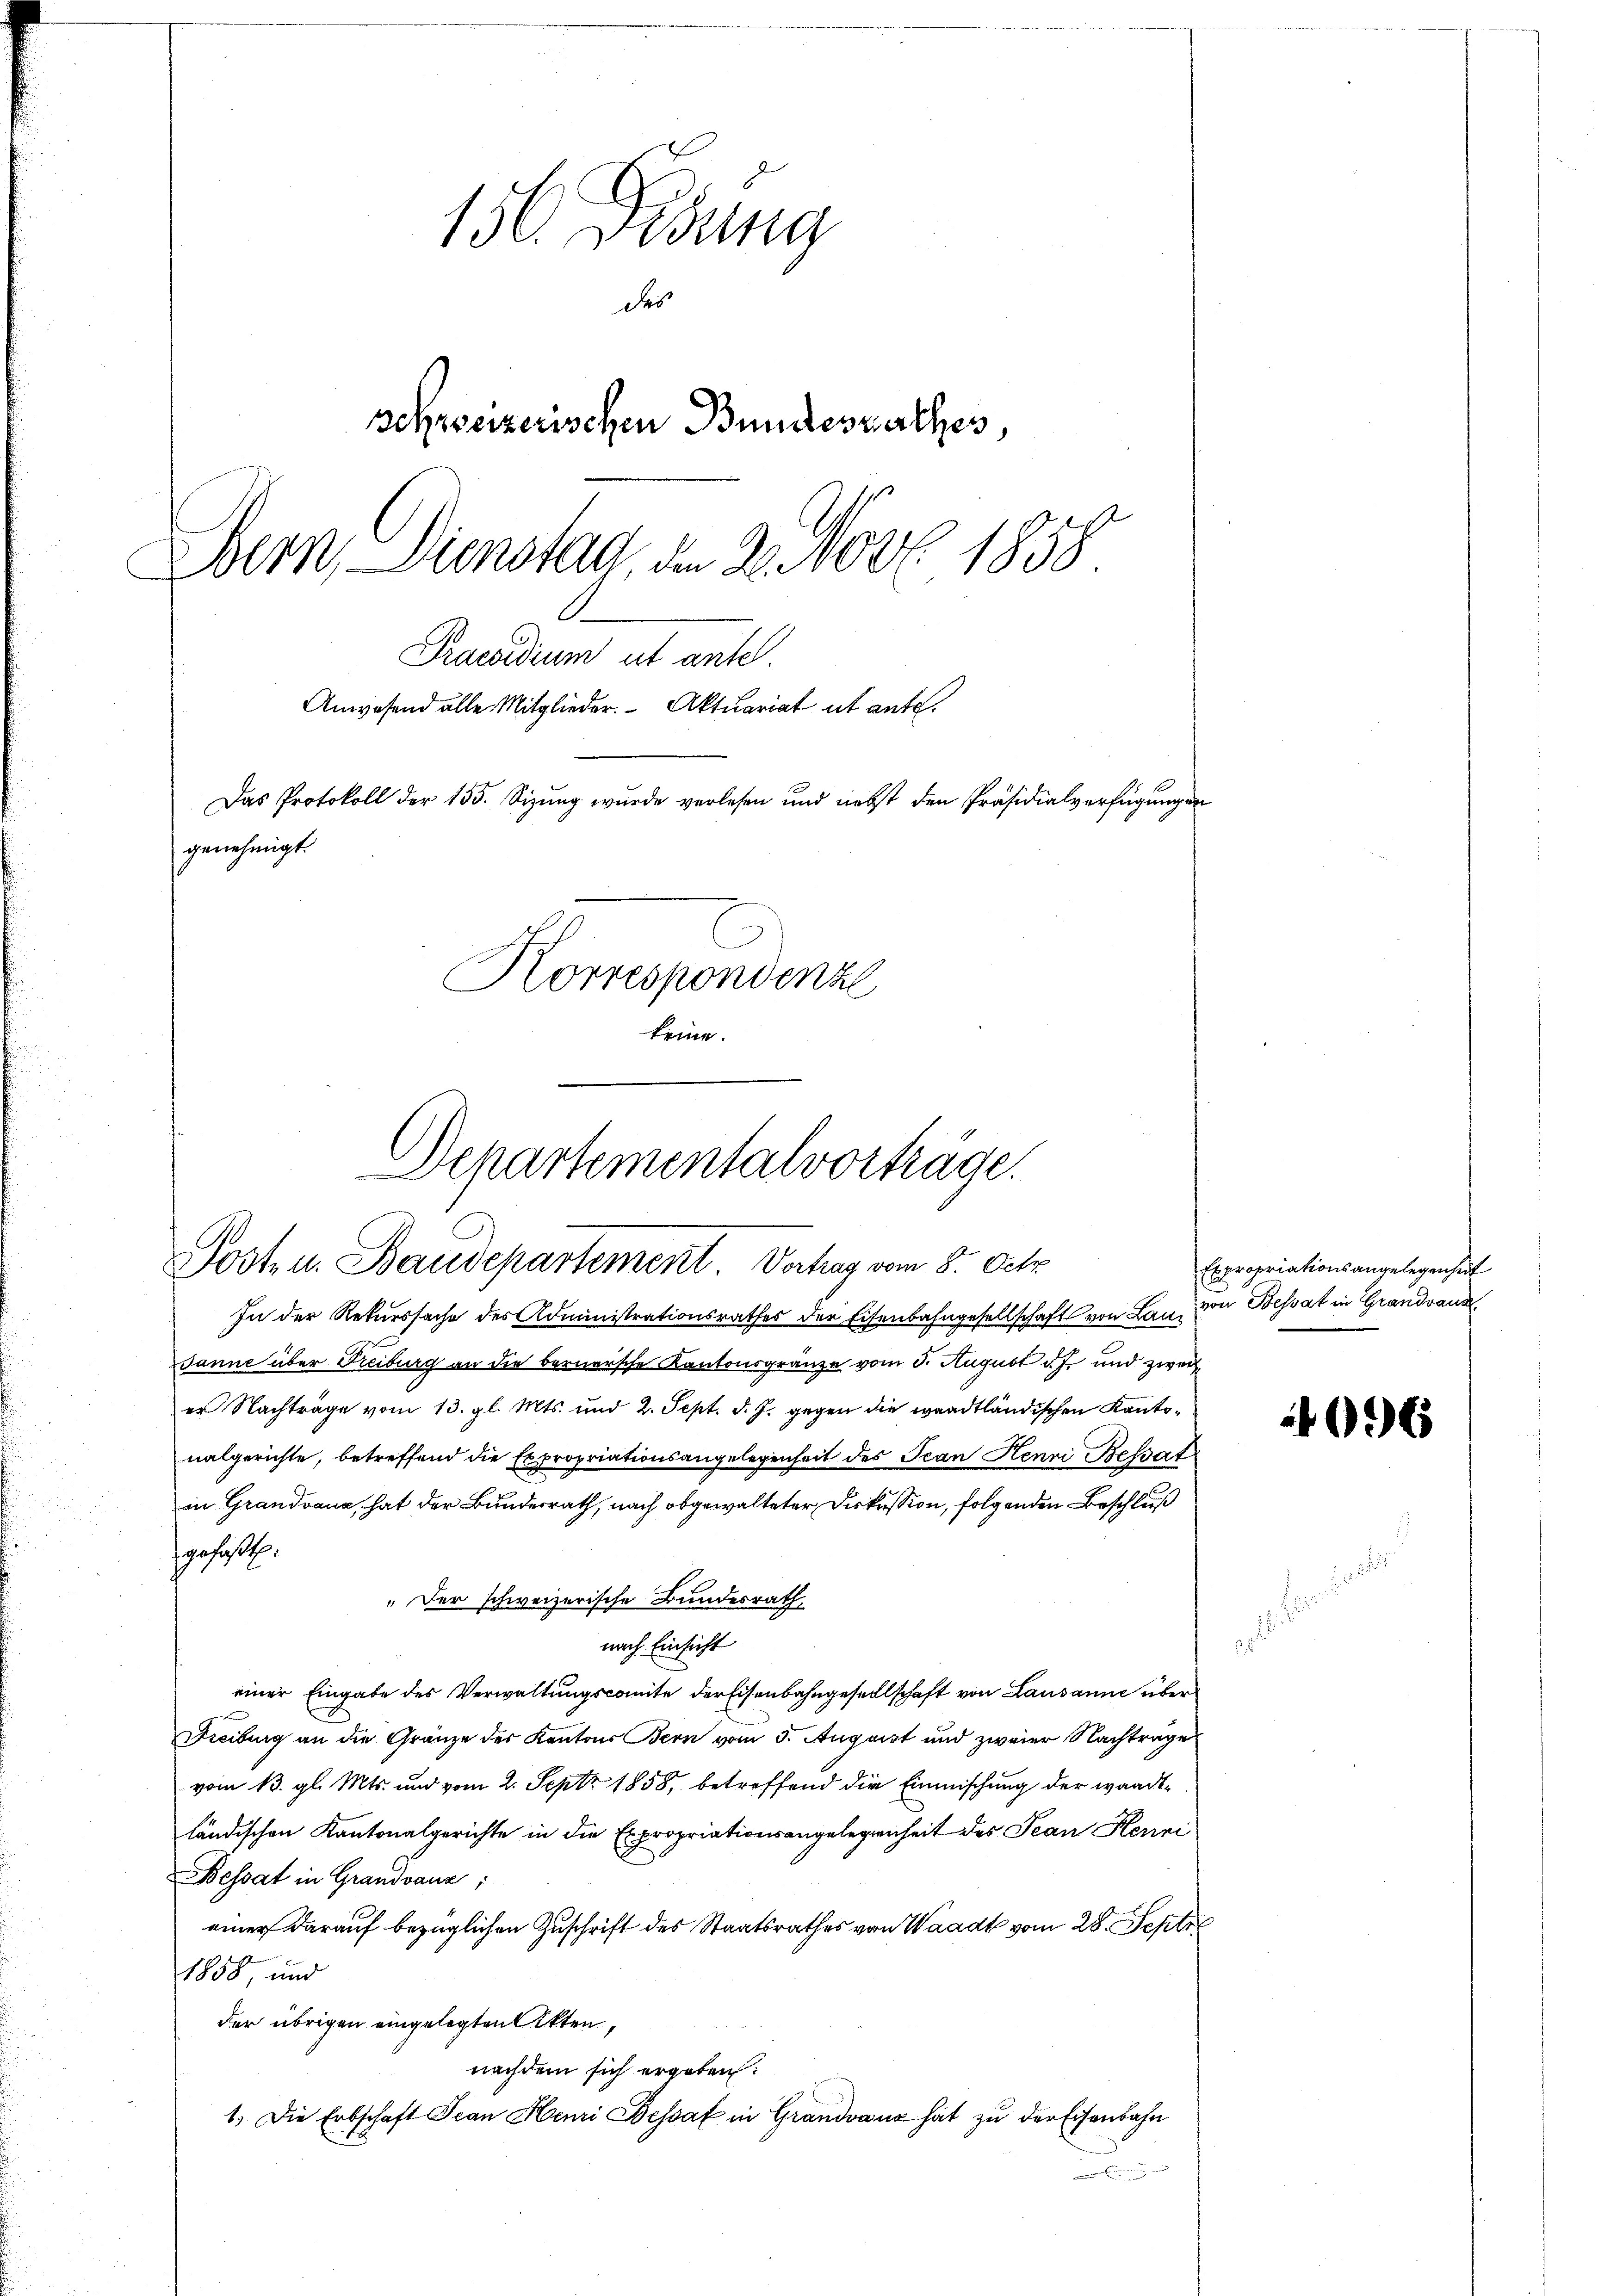
156 Fidung
des
schreizerischen Bundesrathes,
Bern Dienstag, am 2. Nov. 1858
Praesidium ut antel.
Anwesend alle Mitglieder. Aktuariat it ante.
Das Protokoll der 155. Sizung wurde verlesen und nebst den Präsidialverfügungen
genehmigt.
Korrespondenzl
keine.

Departementalvorträge.
Posten. Baudepartement. Vortrag vom 8. Octo
In der Rekurssache des Administrationsrathes der Eisenbahngesellschaft von Bau von Bessat in Grandvaud

Janne über Freiburg an die bernersche Kantonsgränze vom 5. August d. J. und zwei
er Nachträge vom 13. gl. Mts. und 2. Sept. d. J. gegen die waadtländischen Kantonalgerichte, betreffend die Expropriationsangelegenheit des Jean Henri Bessat

„Der schweizerische Bundesrath,

in Grandvaux, hat der Bundesrath, nach obgewalteter Diskussion, folgenden Beschluß
sposit.
nach Einsicht
einer Eingabe des Verwaltungscomite der Eisenbahngesellschaft von Lausanne über
Freiburg an die Gränze des Kantons Bern vom 5. August und zweier Nachträge
vom 13. gl. Mts. und vom 2. Sept. 1858, betreffend die Einmischung der wandtländischen Kantonalgerichte in die Expropriationsangelegenheit des Jean Henri
Bessat in Grandvanz;
einer darauf bezüglichen Zuschrift des Staatsrathes von Waadt vom 28. Septel
1858, und
der übrigen eingelegten Akten,
nachdem sich ergeben:
1. Die Erbschaft Jean Henri Bessaf in Grandvanz hat zu der Eisenbahn

Expropriationsangelegenheit

.

)

Ei